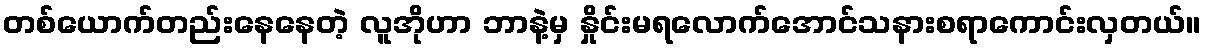
တစ်ယောက်တည်းနေနေတဲ့ လူအိုဟာ ဘာနဲ့မှ နှိုင်းမရလောက်အောင်သနားစရာကောင်းလှတယ်။